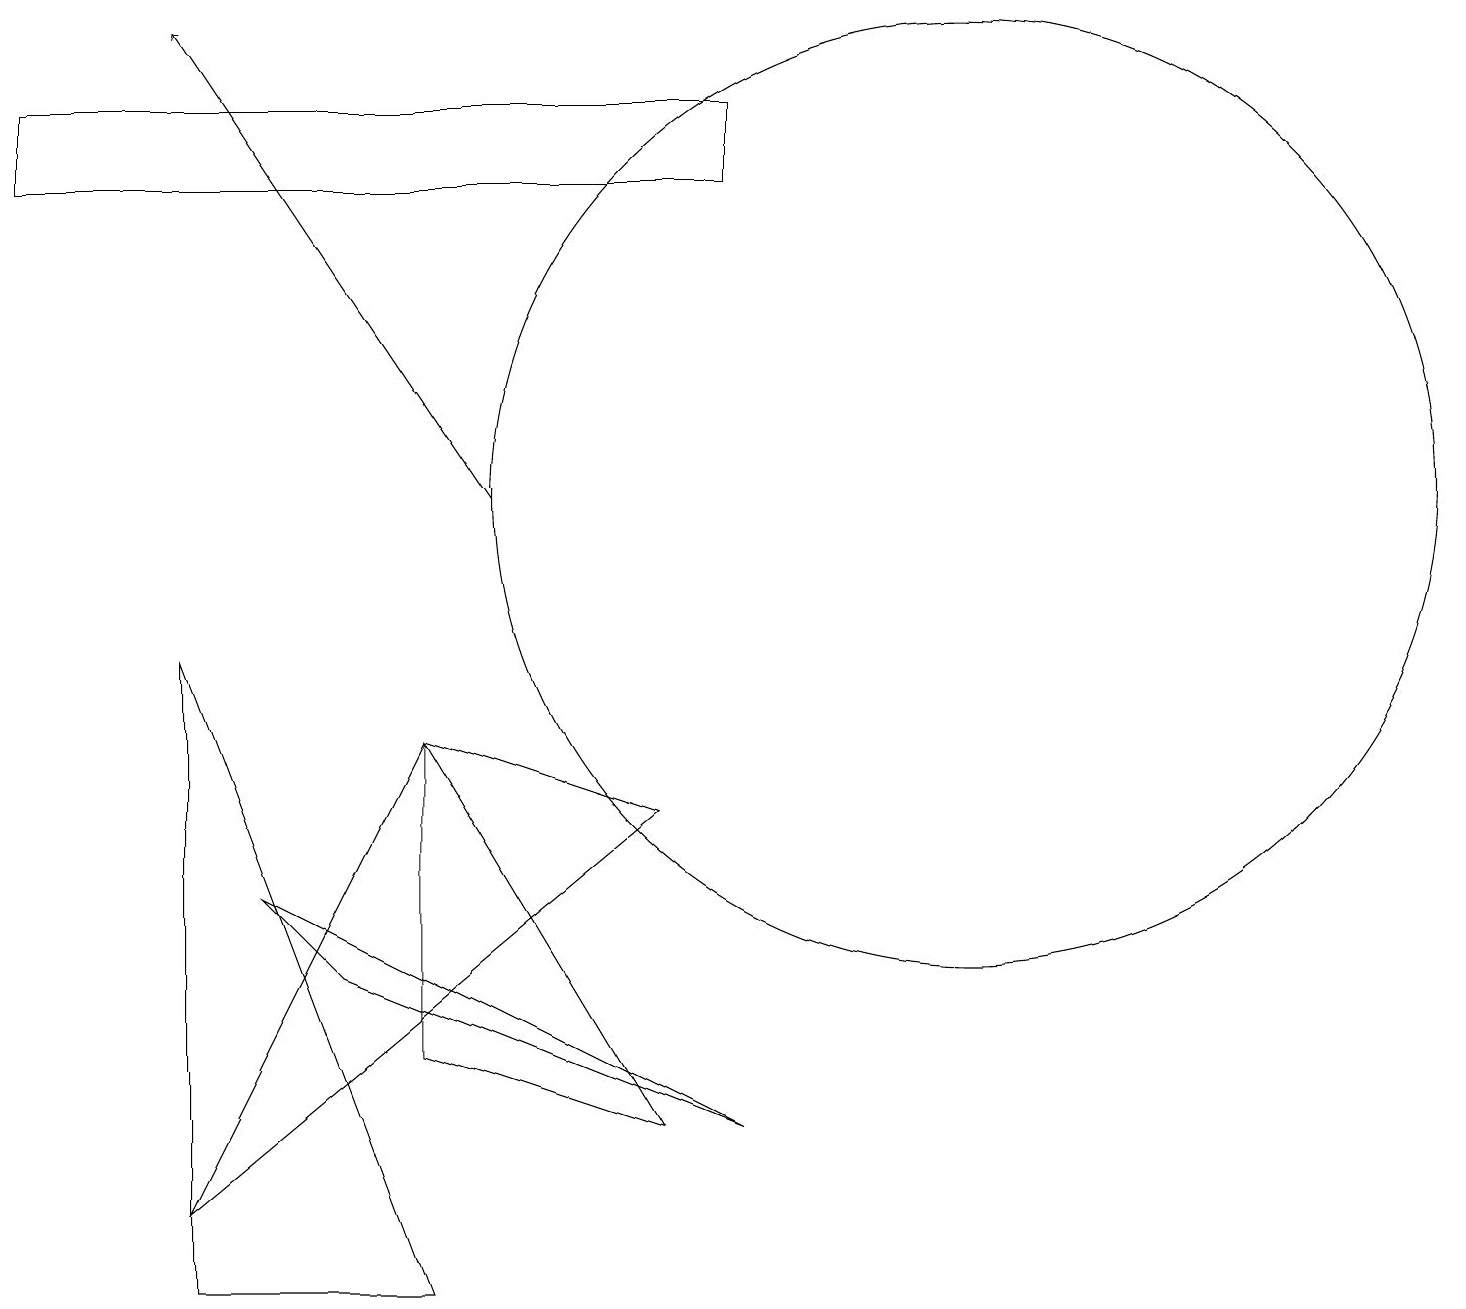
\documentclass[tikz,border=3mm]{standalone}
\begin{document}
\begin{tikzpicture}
\draw (12,11) circle (6);
\draw (5,8) -- (8,7) -- (2,2) -- cycle;
\draw (2,1) -- (5,1) -- (2,9) -- cycle;
\draw (9,3) -- (4,5) -- (3,6) -- cycle;
\draw (5,8) -- (8,3) -- (5,4) -- cycle;
\draw (9,15) rectangle (0,16);
\draw[->] (6,11) -- (2,17);
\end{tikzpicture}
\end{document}